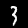
Digit: 3